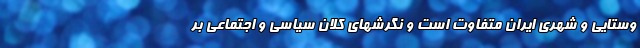
وستایی و شهری ایران متفاوت است و نگرشهای کلان سیاسی و اجتماعی بر